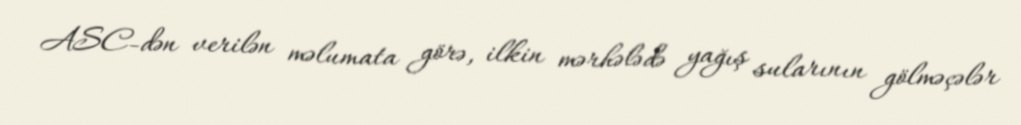
ASC-dən verilən məlumata görə, ilkin mərhələdə yağış sularının gölməçələr